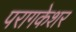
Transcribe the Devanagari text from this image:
परागकेशर